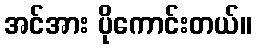
အင်အား ပိုကောင်းတယ်။